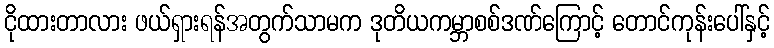
ငိုထားတာလား ဖယ်ရှားရန်အတွက်သာမက ဒုတိယကမ္ဘာစစ်ဒဏ်ကြောင့် တောင်ကုန်းပေါ်နှင့်